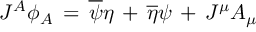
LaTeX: J ^ { A } \phi _ { A } \, = \, \overline { { \psi } } \eta \, + \, \overline { { \eta } } \psi \, + \, J ^ { \mu } A _ { \mu }